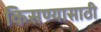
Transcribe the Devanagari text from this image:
किसण्यासाठी